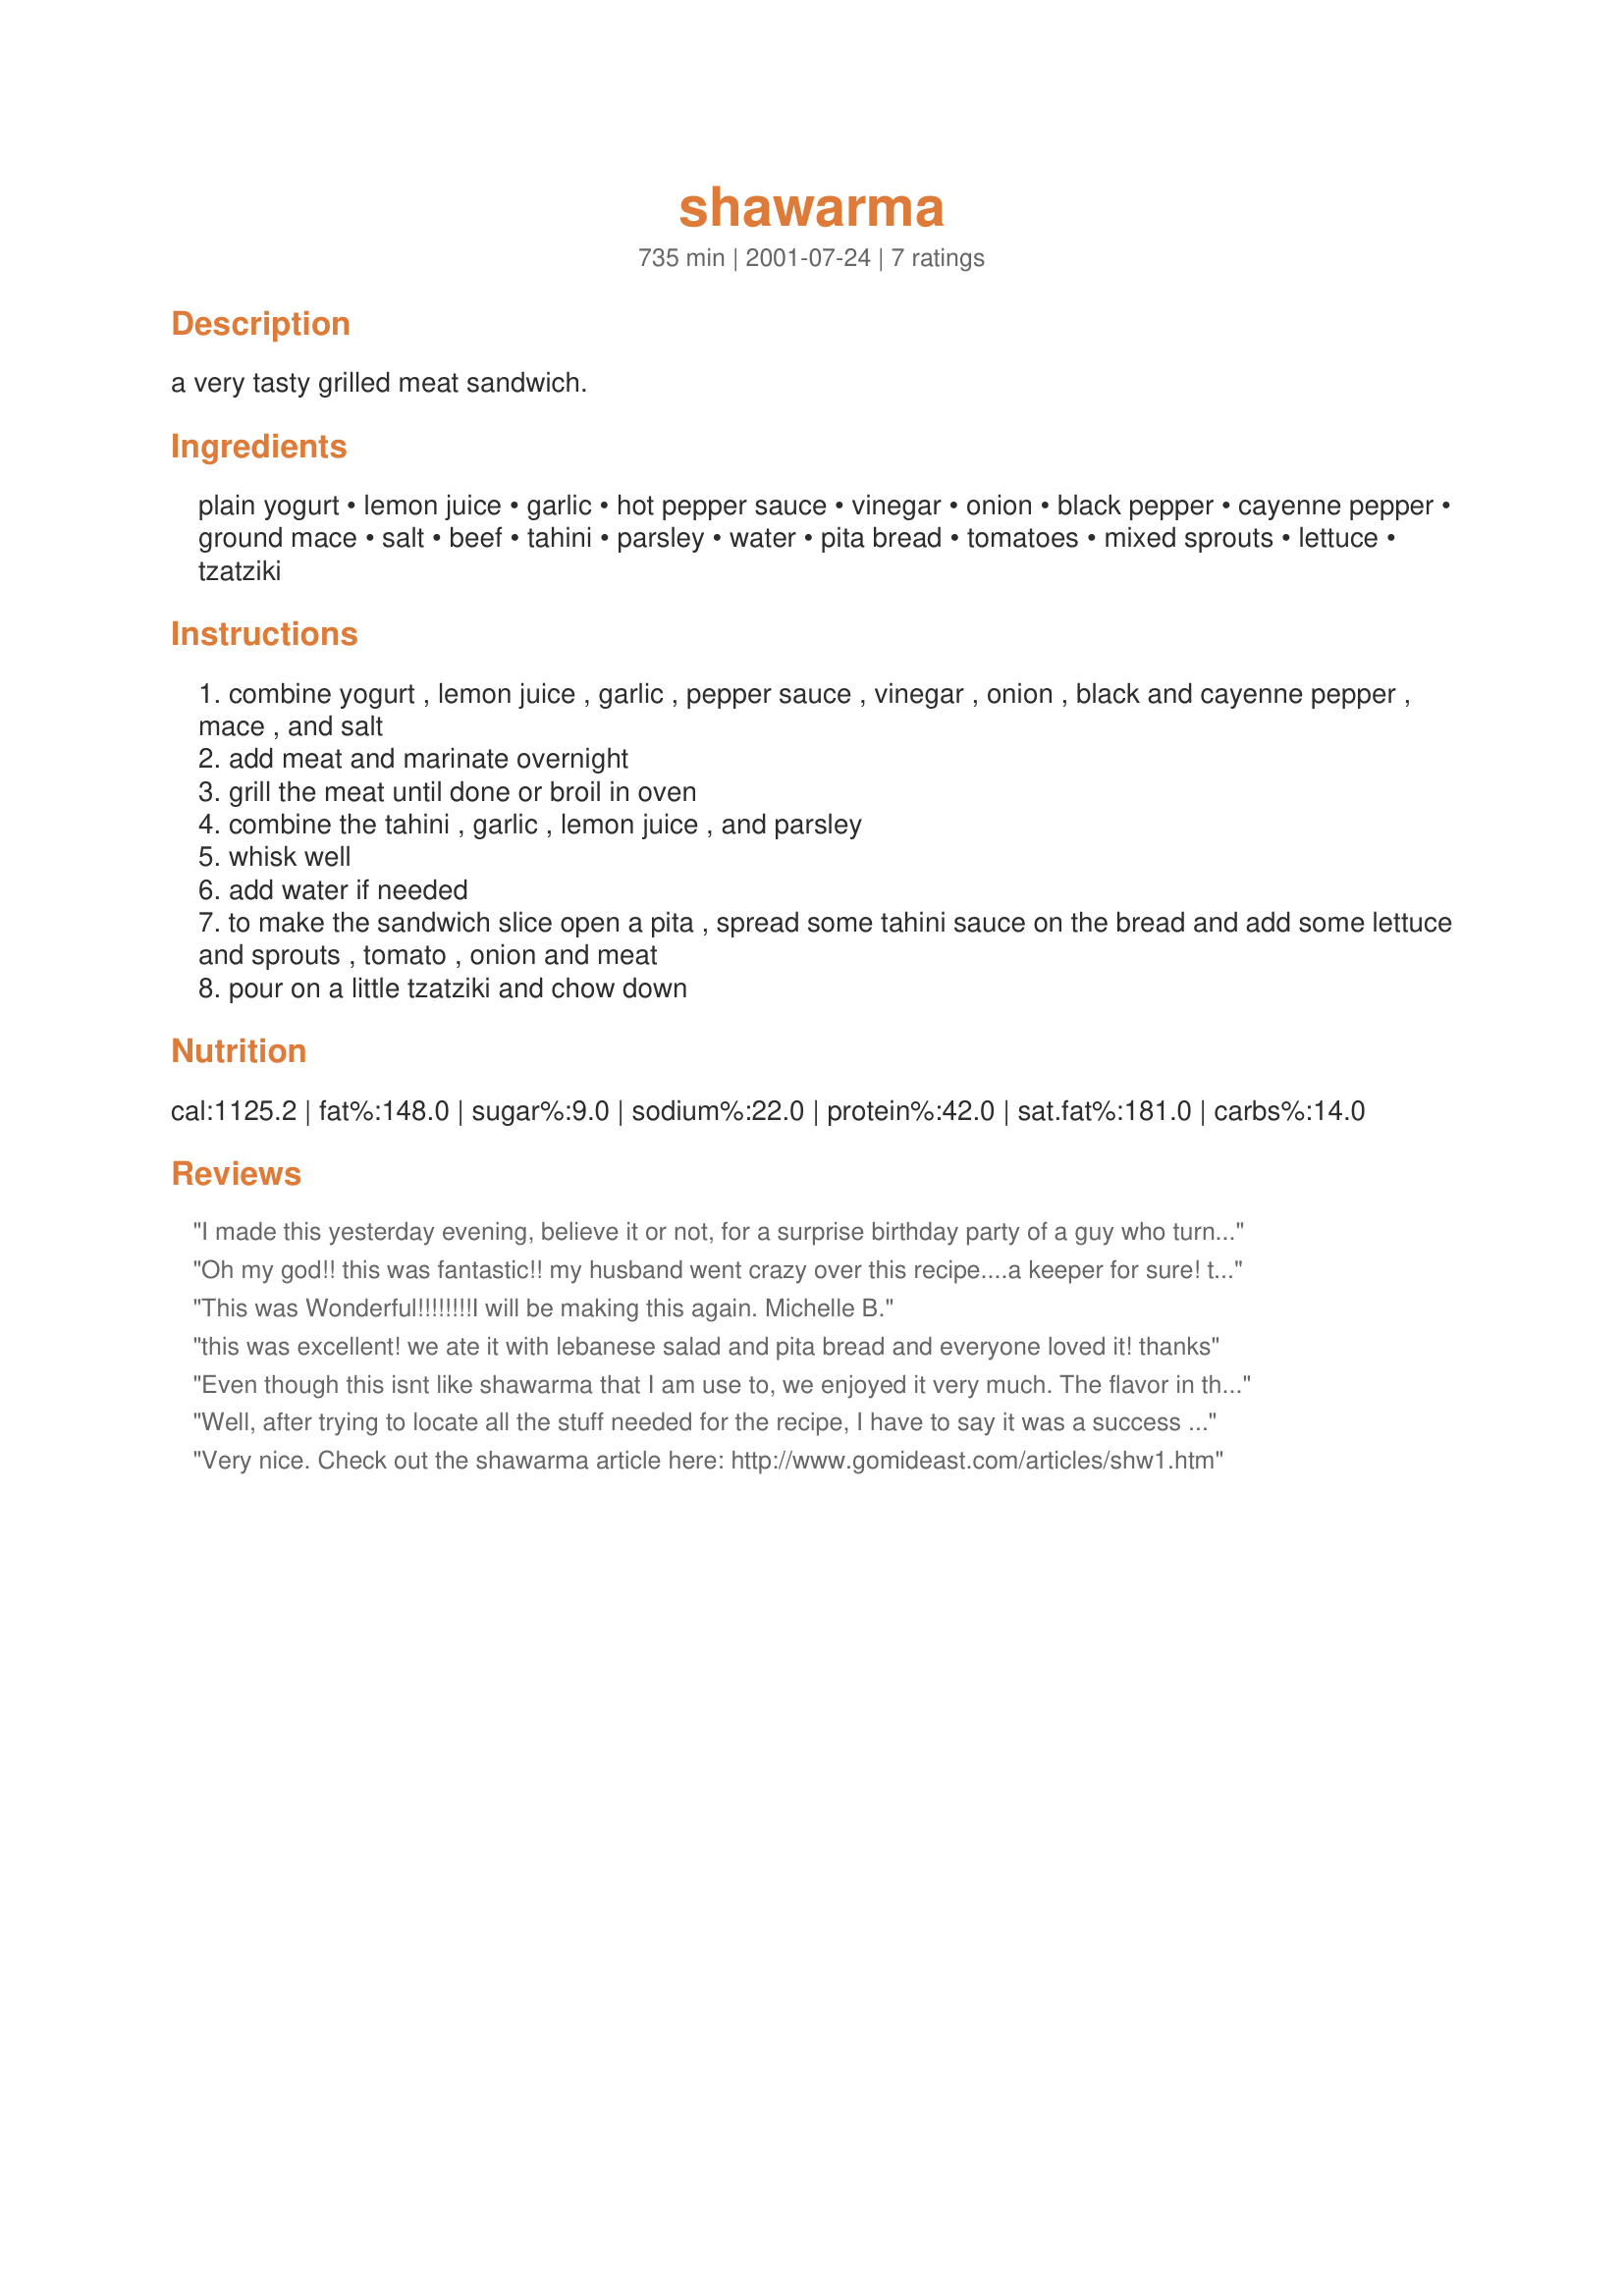
shawarma
Preparation time: 735 minutes

a very tasty grilled meat sandwich.

Ingredients:
plain yogurt, lemon juice, garlic, hot pepper sauce, vinegar, onion, black pepper, cayenne pepper, ground mace, salt, beef, tahini, parsley, water, pita bread, tomatoes, mixed sprouts, lettuce, tzatziki

Steps:
combine yogurt , lemon juice , garlic , pepper sauce , vinegar , onion , black and cayenne pepper , mace , and salt
add meat and marinate overnight
grill the meat until done or broil in oven
combine the tahini , garlic , lemon juice , and parsley
whisk well
add water if needed
to make the sandwich slice open a pita , spread some tahini sauce on the bread and add some lettuce and sprouts , tomato , onion and meat
pour on a little tzatziki and chow down

Reviews:
I made this yesterday evening, believe it or not, for a surprise birthday party of a guy who turned 30!
We had around 10 people come home for Shawarma and dinner. I had marinated the chicken in the marinade day before y'day(total marination time of an exact 24 hours which did it real good as I was complimented saying that it tasted excellent!). The only ingredient I didn't have at home was 'mace', so, I omitted that. I added a pinch of red food colour to the marinade(I always do this whenever making anything on the grill mode in my oven to give it that red colour appearance). I used 1 1/2 tsps. salt in the marinade mixture. I preheated my oven at 250C for 22 minutes 50 seconds and then grilled the chicken in it. It needed a little more grilling as it was still a little pink, so, I grilled for an additional 8 minutes. My house smelt like a professional tandoor joint :)
The tahini dip was unfortunately not enjoyed by anyone. I served the grilled chicken with khaboos and it was gone in seconds! Some of the guys said they enjoyed pouring lemon juice on the grilled chicken and then chowing it down :)

Oh my god!! this was fantastic!! 

my husband went crazy over this recipe....a keeper for sure!
thanks Di
This was Wonderful!!!!!!!!I will be making this again. Michelle B.
this was excellent! we ate it with lebanese salad and pita bread and everyone loved it! thanks
Even though this isnt like shawarma that I am use to, we enjoyed it very much. The flavor in the meat was BEAUTIFUL! The tahini added nice flavor to it, but for some reason it seemed to be missing something. I added lettuce, tomato and onion (no onion for me though! lol) to them along with Evelyn/athens tzatziki recipe.
thanks for this recipe :-) I will make it again... next time trying chicken as this is probably the one time this year that I will eat red meat! LOL
Well, after trying to locate all the stuff needed for the recipe, I have to say it was a success since my husband complimented it and had more than one sandwhich. Thanks Diana, for the recipe and the help in putting it together and finding the stuff.
Very nice. Check out the shawarma article here:

http://www.gomideast.com/articles/shw1.htm
